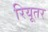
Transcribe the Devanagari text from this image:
रियूतर